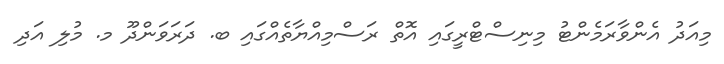
މިއަދު އެންވާރަމެންޓު މިނިސްޓްރީގައި އޮތް ރަސްމިއްޔާތެއްގައި ބ. ދަރަވަންދޫ މ. މުލި އަދި